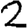
Digit: 2